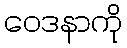
ဝေဒနာကို